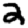
Digit: 2